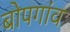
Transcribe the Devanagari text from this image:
बोपगांव